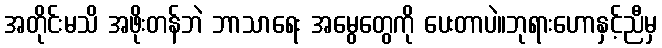
အတိုင်းမသိ အဖိုးတန်ဘဲ ဘာသာရေး အမွေတွေကို ပေးတာပဲ။ဘုရားဟောနှင့်ညီမှ